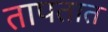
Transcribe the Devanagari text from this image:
तापतात